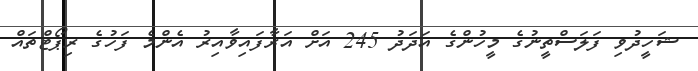
ޝަހީދުވި ފަލަސްތީނުގެ މީހުންގެ އަދަދު 245 އަށް އަރާފައިވާއިރު އެންމެ ފަހުގެ ރިޕޯޓްތައް